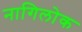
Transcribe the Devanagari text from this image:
नागिलोक